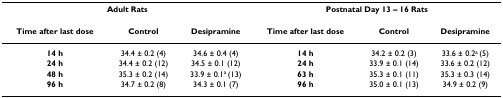
<table><thead><tr><td colspan="3"><b>Adult Rats</b></td><td colspan="3"><b>Postnatal Day 13 – 16 Rats</b></td></tr></thead><tbody><tr><td><b>Time after last dose</b></td><td><b>Control</b></td><td><b>Desipramine</b></td><td><b>Time after last dose</b></td><td><b>Control</b></td><td><b>Desipramine</b></td></tr><tr><td><b>14 h</b></td><td>34.4 ± 0.2 (4)</td><td>34.6 ± 0.4 (4)</td><td><b>14 h</b></td><td>34.2 ± 0.2 (3)</td><td>33.6 ± 0.2<sup>a </sup>(5)</td></tr><tr><td><b>24 h</b></td><td>34.4 ± 0.2 (12)</td><td>34.5 ± 0.1 (12)</td><td><b>24 h</b></td><td>33.9 ± 0.1 (14)</td><td>33.6 ± 0.2 (12)</td></tr><tr><td><b>48 h</b></td><td>35.3 ± 0.2 (14)</td><td>33.9 ± 0.1<sup>a </sup>(13)</td><td><b>63 h</b></td><td>35.3 ± 0.1 (11)</td><td>35.3 ± 0.3 (14)</td></tr><tr><td><b>96 h</b></td><td>34.7 ± 0.2 (8)</td><td>34.3 ± 0.1 (7)</td><td><b>96 h</b></td><td>35.0 ± 0.1 (13)</td><td>34.9 ± 0.2 (9)</td></tr></tbody></table>